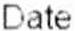
DATE